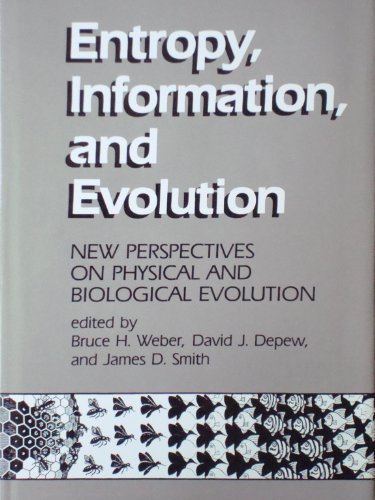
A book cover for Entropy, Information, and Evolution: New Perspective on Physical and Biological Evolution (Bradford Books); Science & Math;